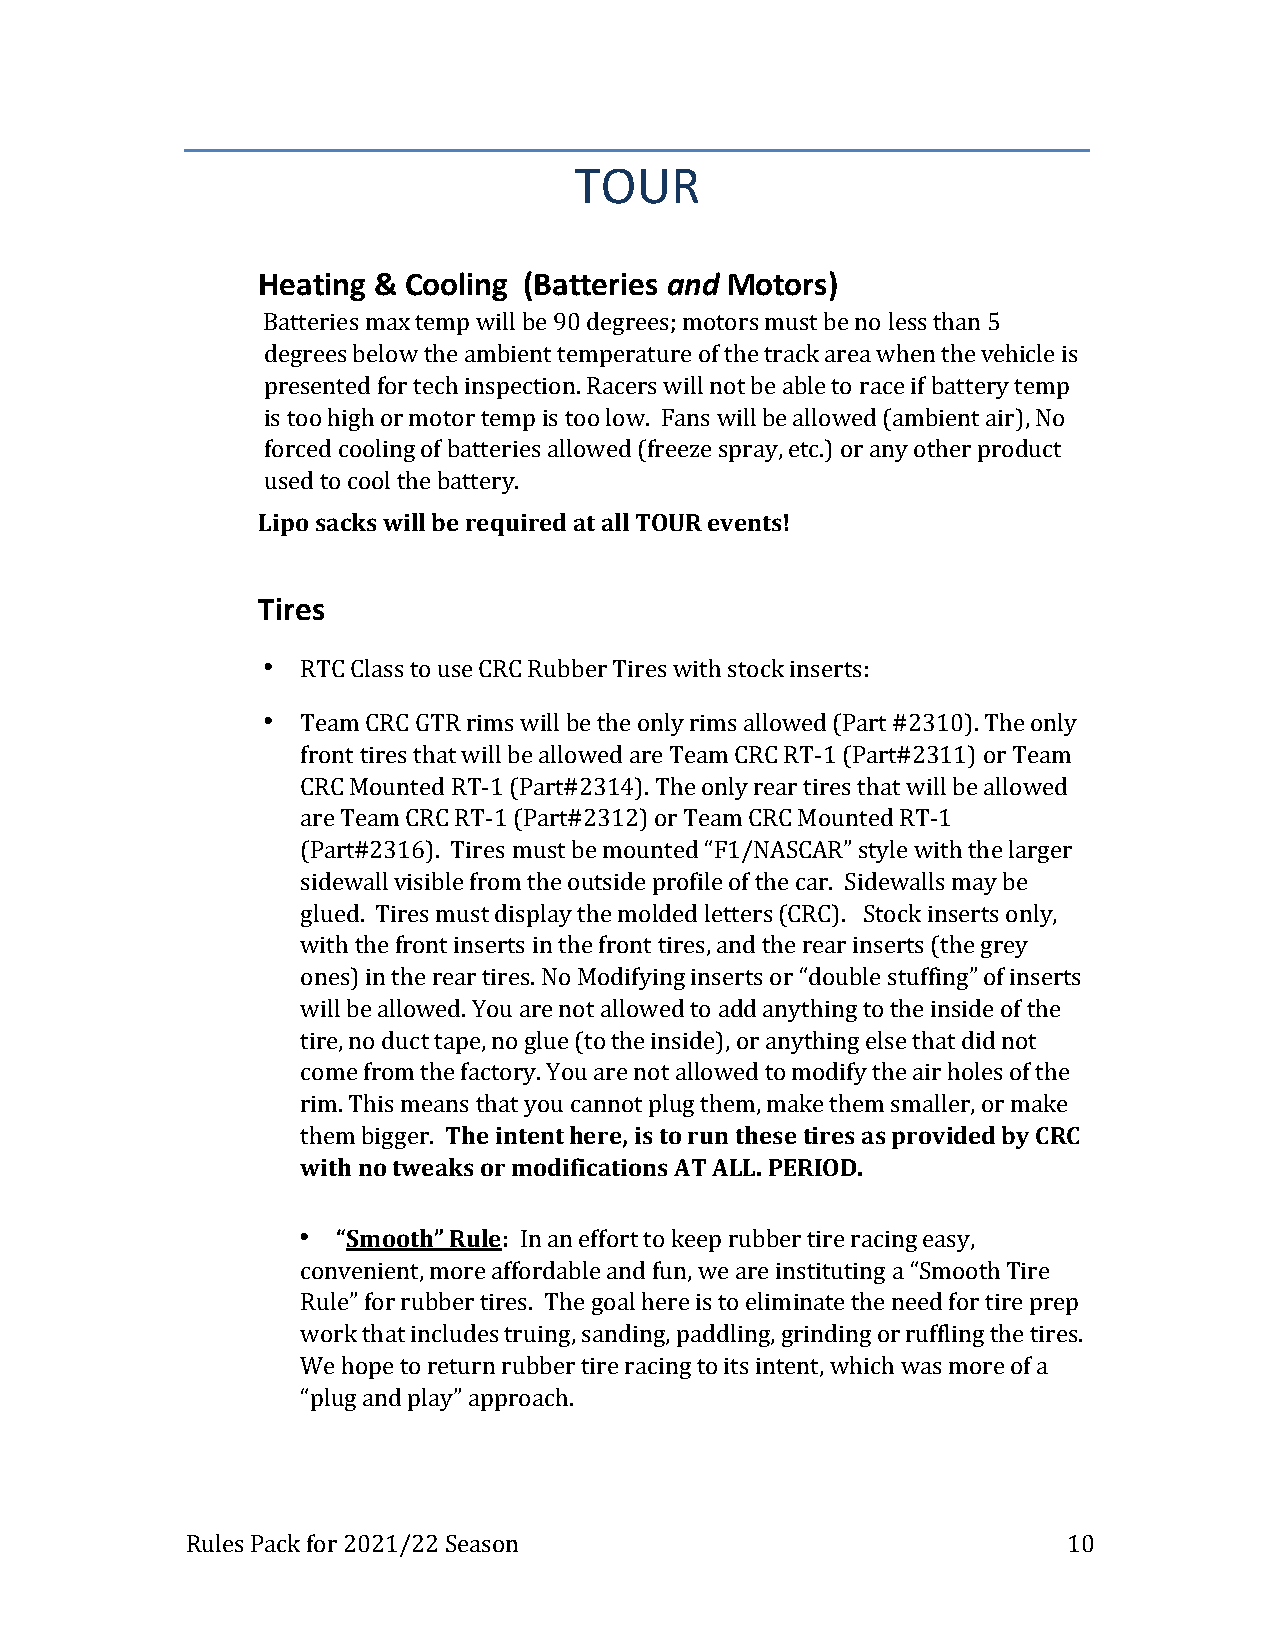
TOUR
 Heating & Cooling (Batteries and Motors)
 Batteries max temp will be 90 degrees; motors must be no less than 5
 degrees below the ambient temperature of the track area when the vehicle is
 presented for tech inspection. Racers will not be able to race if battery temp
 is too high or motor temp is too low. Fans will be allowed (ambient air), No
 forced cooling of batteries allowed (freeze spray, etc.) or any other product
 used to cool the battery.
 Lipo sacks will be required at all TOUR events!
 Tires
 •  RTC Class to use CRC Rubber Tires with stock inserts:
 •  Team CRC GTR rims will be the only rims allowed (Part #2310). The only
 front tires that will be allowed are Team CRC RT-1 (Part#2311) or Team
 CRC Mounted RT-1 (Part#2314). The only rear tires that will be allowed
 are Team CRC RT-1 (Part#2312) or Team CRC Mounted RT-1
 (Part#2316). Tires must be mounted “F1/NASCAR” style with the larger
 sidewall visible from the outside profile of the car. Sidewalls may be
 glued. Tires must display the molded letters (CRC). Stock inserts only,
 with the front inserts in the front tires, and the rear inserts (the grey
 ones) in the rear tires. No Modifying inserts or “double stuffing” of inserts
 will be allowed. You are not allowed to add anything to the inside of the
 tire, no duct tape, no glue (to the inside), or anything else that did not
 come from the factory. You are not allowed to modify the air holes of the
 rim. This means that you cannot plug them, make them smaller, or make
 them bigger. The intent here, is to run these tires as provided by CRC
 with no tweaks or modifications AT ALL. PERIOD.
 • “Smooth” Rule: In an effort to keep rubber tire racing easy,
 convenient, more affordable and fun, we are instituting a “Smooth Tire
 Rule” for rubber tires. The goal here is to eliminate the need for tire prep
 work that includes truing, sanding, paddling, grinding or ruffling the tires.
 We hope to return rubber tire racing to its intent, which was more of a
 “plug and play” approach.
 Rules Pack for 2021/22 Season                              10